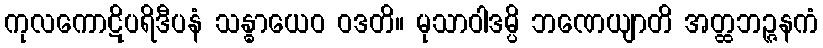
ကုလကောဋိပရိဒီပနံ သန္ဓာယေဝ ဝဒတိ။ မုသာဝါဒမ္ပိ ဘဏေယျာတိ အတ္ထဘဉ္ဇနကံ